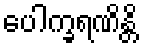
ပေါက္ခရဏိန္တိ